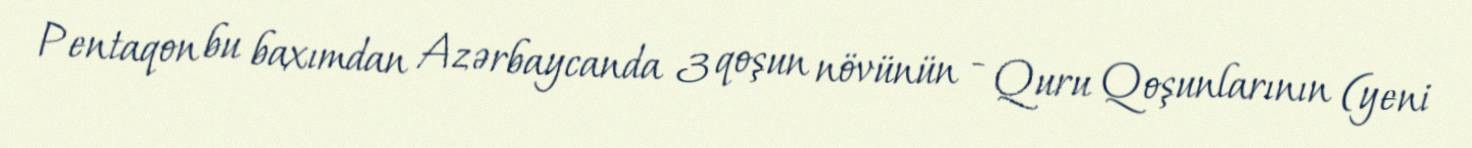
Pentaqon bu baxımdan Azərbaycanda 3 qoşun növünün - Quru Qoşunlarının (yeni